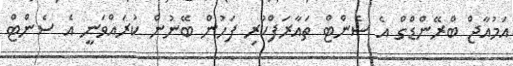
އަމުއާޖް ބްރޭންޑްގް އެ ސެންޓް ތައާރަފްކުރި ފަހުން ބޭނުން ކުރައްވަނީ އެ ސެންޓް